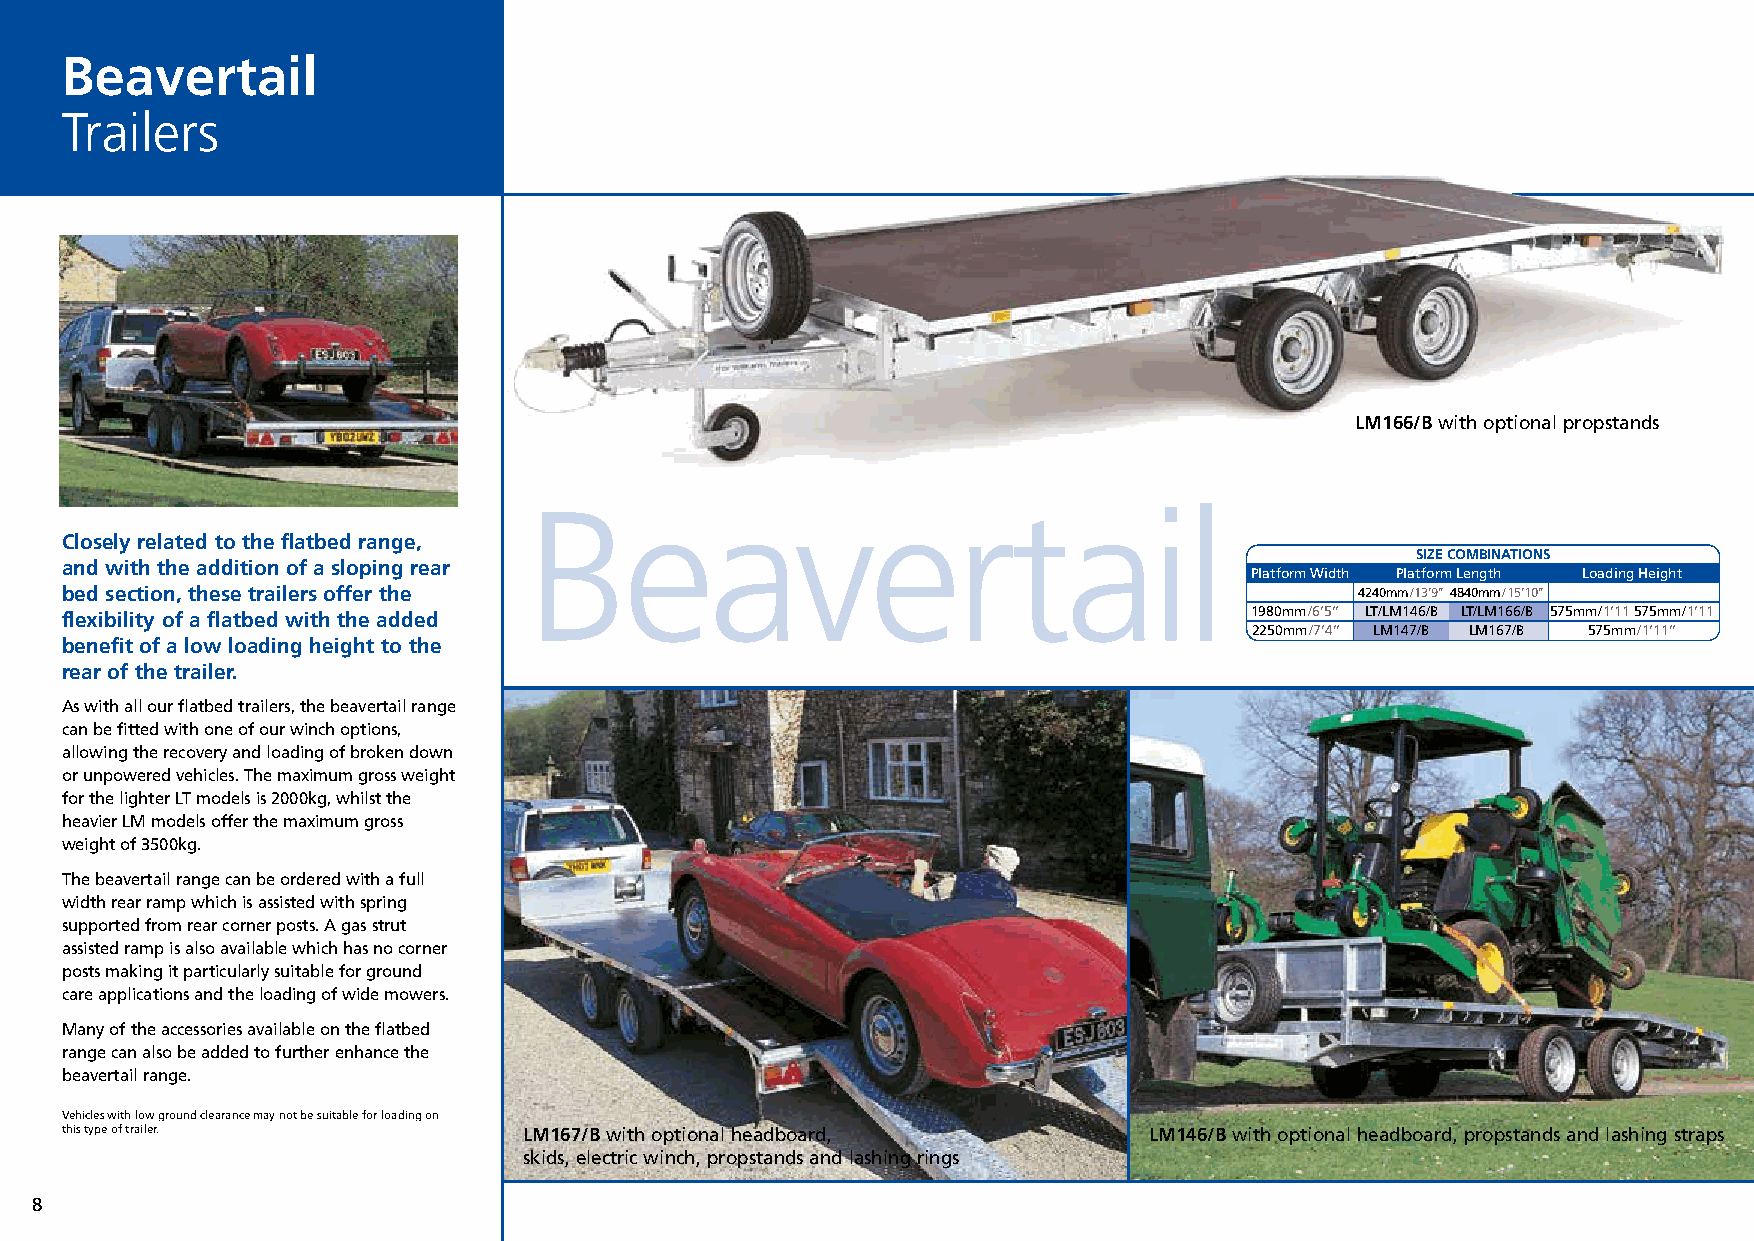
Commercial Brochure 04_12 21/12/15 13:00 Page 8
 Beavertail
 Trailers
 LM166/B with optional propstands
 Beavertail
 Closely related to the flatbed range,
 SIZE COMBINATIONS
 and with the addition of a sloping rear
 Platform Width Platform Length Loading Height
 bed section, these trailers offer the                                                 4240mm/13’9’’4840mm/15’10’’
 flexibility of a flatbed with the added                                        1980mm/6’5’’ LT/LM146/B LT/LM166/B 575mm/1’11 575mm/1’11
 2250mm/7’4’’ LM147/B LM167/B 575mm/1’11’’
 benefit of a low loading height to the
 rear of the trailer.
 As with all our flatbed trailers, the beavertail range
 can be fitted with one of our winch options,
 allowing the recovery and loading of broken down
 or unpowered vehicles. The maximum gross weight
 for the lighter LT models is 2000kg, whilst the
 heavier LM models offer the maximum gross
 weight of 3500kg.
 The beavertail range can be ordered with a full
 width rear ramp which is assisted with spring
 supported from rear corner posts. A gas strut
 assisted ramp is also available which has no corner
 posts making it particularly suitable for ground
 care applications and the loading of wide mowers.
 Many of the accessories available on the flatbed
 range can also be added to further enhance the
 beavertail range.
 Vehicles with low ground clearance may not be suitable for loading on
 this type of trailer.          LM167/B with optional headboard,         LM146/B with optional headboard, propstands and lashing straps
 skids, electric winch, propstands and lashing rings
 8